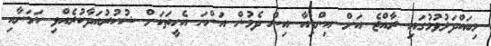
މިބައްދަލުވުމުގައި ރާއްޖެ އަށް އިންޑިއާ އިން ދެމުން އަންނަ އެހީތަކަށް ޝުކުރުއަދާކުރެއްވި ކަމަށާއި